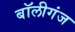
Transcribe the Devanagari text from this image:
बॉलीगंज